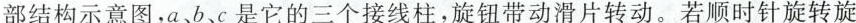
部结构示意图，a、b、c是它的三个接线柱，旋钮带动滑片转动。若顺时针旋转旋